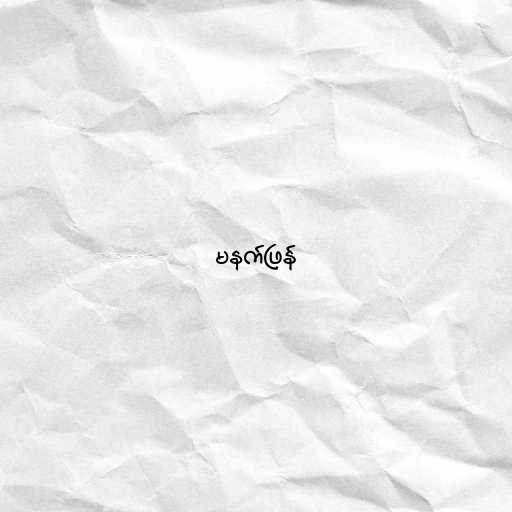
မနက်ဖြန်